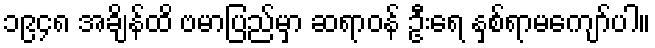
၁၉၄၈ အချိန်ထိ ဗမာပြည်မှာ ဆရာဝန် ဦးရေ နှစ်ရာမကျော်ပါ။